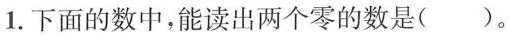
1.下面的数中，能读出两个零的数是()。